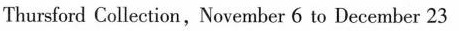
Thursford Coliection,November 6 to December 23